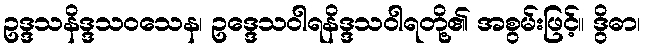
ဥဒ္ဒသနိဒ္ဒသဝသေန၊ ဥဒ္ဒေသဝါရနိဒ္ဒသဝါရတို့၏ အစွမ်းဖြင့်။ ဒွိဓာ၊